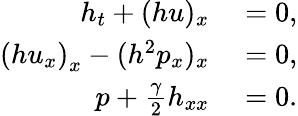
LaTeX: \begin{array}{rl}{h_{t}+(hu)_{x}}&{{}=0,}\\ {\left(hu_{x}\right)_{x}-(h^{2}p_{x})_{x}}&{{}=0,}\\ {p+\frac{\gamma}{2}h_{xx}}&{{}=0.}\end{array}